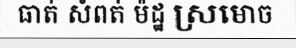
ធាត់ សំពត់ ម៉ដ្ឋ ស្រមោច